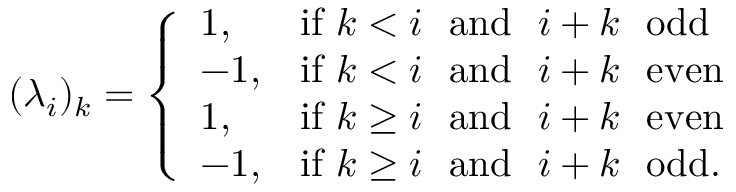
( \lambda _ { i } ) _ { k } = \left\{ \begin{array} { l l } { 1 , } & { \mathrm { i f ~ } k < i \mathrm { ~ \ a n d ~ \ } i + k \mathrm { ~ \ o d d } } \\ { - 1 , } & { \mathrm { i f ~ } k < i \mathrm { ~ \ a n d ~ \ } i + k \mathrm { ~ \ e v e n } } \\ { 1 , } & { \mathrm { i f ~ } k \geq i \mathrm { ~ \ a n d ~ \ } i + k \mathrm { ~ \ e v e n } } \\ { - 1 , } & { \mathrm { i f ~ } k \geq i \mathrm { ~ \ a n d ~ \ } i + k \mathrm { ~ \ o d d } . } \end{array} \right.